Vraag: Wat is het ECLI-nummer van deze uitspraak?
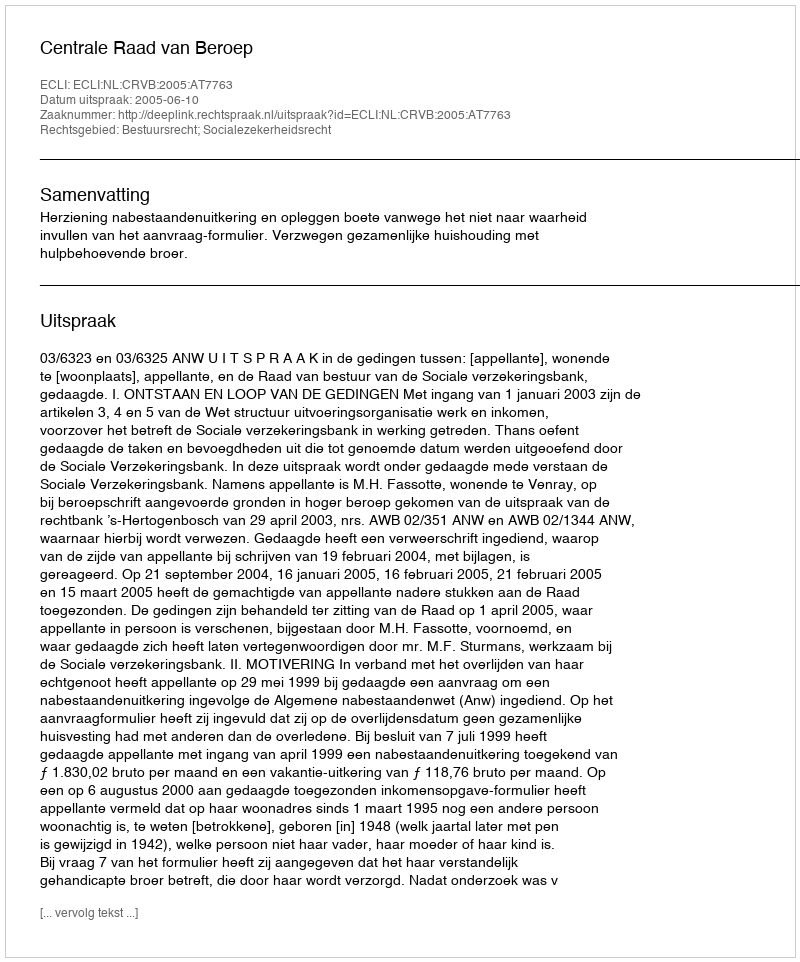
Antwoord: ECLI:NL:CRVB:2005:AT7763